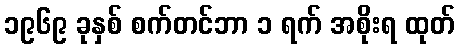
၁၉၆၉ ခုနှစ် စက်တင်ဘာ ၁ ရက် အစိုးရ ထုတ်